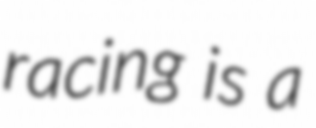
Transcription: racing is a